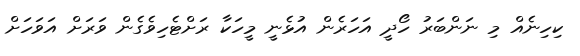
ކިހިނެއް މި ނަންބަރު ހޯދީ އަހަރެން އުޅެނީ މީހަކާ ރަށްޓެހިވެގެން ވަރަށް އަވަހަށް